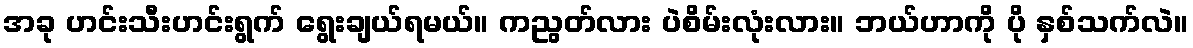
အခု ဟင်းသီးဟင်းရွက် ရွေးချယ်ရမယ်။ ကညွတ်လား ပဲစိမ်းလုံးလား။ ဘယ်ဟာကို ပို နှစ်သက်လဲ။